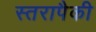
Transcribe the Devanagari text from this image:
स्तरापैकी